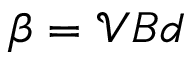
\beta = { \mathcal { V } } B d